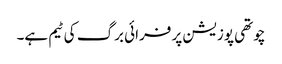
چوتھی پوزیشن پر فرائی برگ کی ٹیم ہے۔